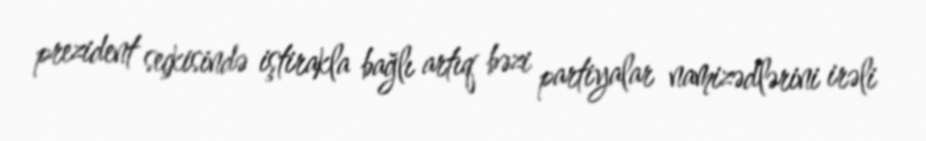
prezident seçkisində iştirakla bağlı artıq bəzi partiyalar namizədlərini irəli